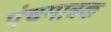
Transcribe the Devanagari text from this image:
पंचमात्रक